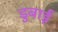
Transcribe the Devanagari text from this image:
डुबाई